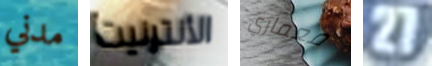
مدني الأنترنيت معماري 27